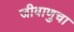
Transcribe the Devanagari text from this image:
जीवाणुचा